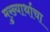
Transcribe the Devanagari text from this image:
मुख्यार्थाचा